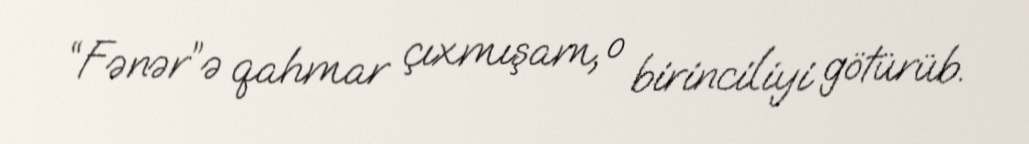
“Fənər”ə qahmar çıxmışam, o birinciliyi götürüb.